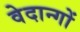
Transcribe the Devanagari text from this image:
वेदान्गों